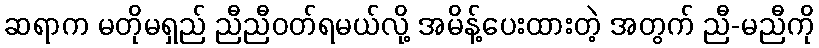
ဆရာက မတိုမရှည် ညီညီဝတ်ရမယ်လို့ အမိန့်ပေးထားတဲ့ အတွက် ညီ-မညီကို